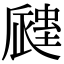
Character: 𧏁